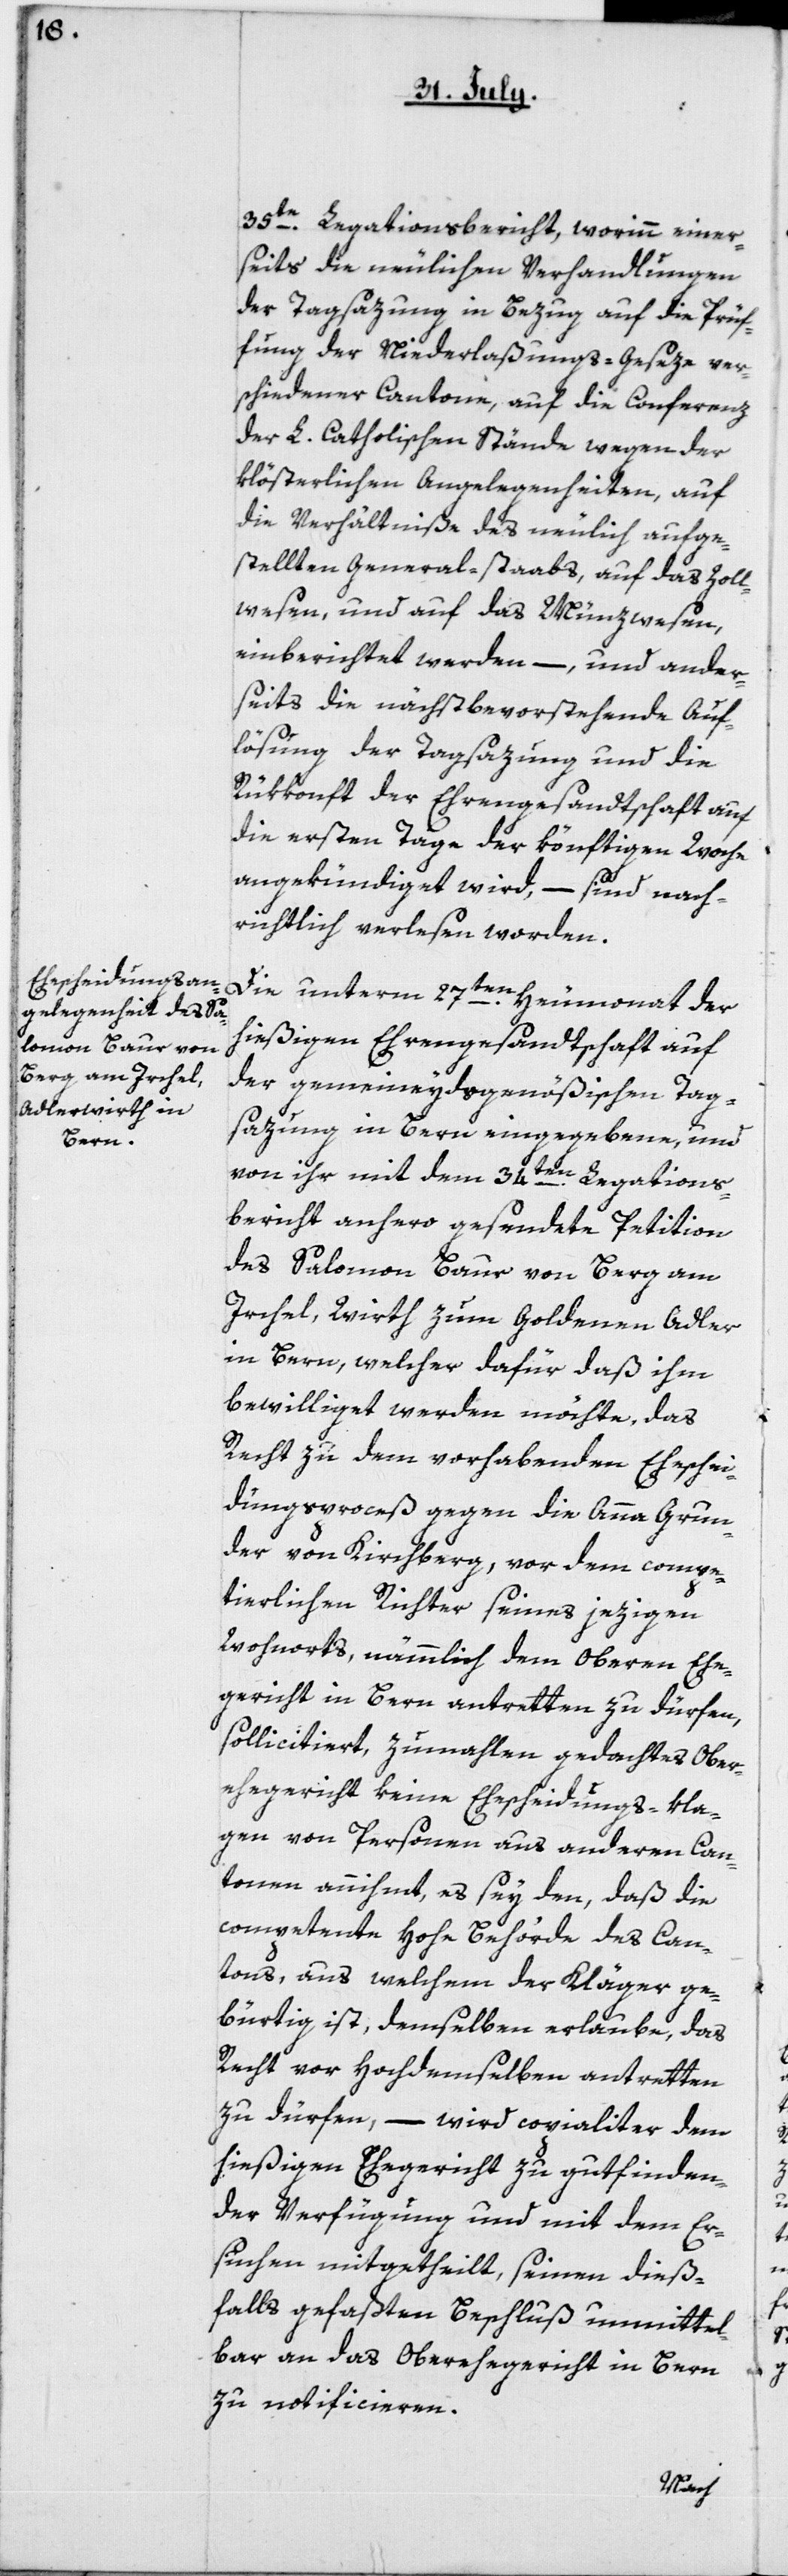
35te Legationsbericht, worin einer¬
seits die neulichen Verhandlungen
der Tagsazung in Bezug auf die Prü¬
fung der Niederlaßungs-Geseze ver¬
schiedener Cantone, – auf die Conferenz
der L. catholischen Stände wegen der
klösterlichen Angelegenheiten, – auf
die Verhältniße des neulich aufge¬
stellten Generalstabs, – auf das Zoll¬
wesen und auf das Münzwesen,
einberichtet werden, – und ander¬
seits die nächstbevorstehende Auf¬
lösung der Tagsatzung und die
Rükkonft der Ehrengesandtschaft auf
die ersten Tage der könftigen Woche
angekündigt wird, – sind nach¬
richtlich verlesen worden.
Die unterm 27ten Heumonat der
hießigen Ehrengesandtschaft auf
der gemeineydsgenößischen Tag¬
satzung in Bern eingegebene, und
von ihr mit dem 34ten Legations¬
bericht anhero gesendete Petition
des Salomon Baur von Berg am
Irchel, Wirth zum Goldenen Adler
in Bern, welcher dafür, daß ihm
bewilliget werden möchte, das
Recht zu dem vorhabenden Eheschei¬
dungsproceß gegen die Anna Grun¬
der von Kirchberg, vor dem compe¬
tierlichen Richter seines jezigen
Wohnorts, nämmlich dem oberen Ehe¬
gericht in Bern antreten zu dürfen,
sollicitiert, zumahlen gedachtes Ober¬
ehegericht keine Ehescheidungs-Kla¬
gen von Personen aus anderen Can¬
tonen annimmt, es sey denn, daß die
competente hohe Behörde des Can¬
tons, aus welchem der Kläger ge¬
bürtig ist, demselben erlaube, das
Recht vor Hochdemselben antretten
zu dürfen, – wird copialiter dem
hießigen Ehegericht zu gut finden¬
der Verfügung und mit dem Er¬
suchen mitgetheilt, seinen dieß¬
falls gefaßten Beschluß unmittel¬
bar an das Obergericht in Bern
zu notificieren.